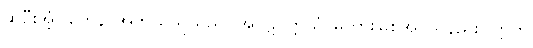
ဆိုဦးအံ့။ ကေန၊ အဘယ်သူသည်။ အပ္ပဋိဝတ္တိယံ၊ မတားမြစ်အပ်သနည်း။ ဣတိ